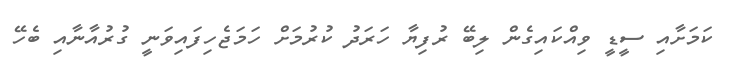
ކަމަށާއި ސީޑީ ވިއްކައިގެން ލިބޭ ރުފިޔާ ހަރަދު ކުރުމަށް ހަމަޖެހިފައިވަނީ ގުރުއާނާއި ބެހޭ